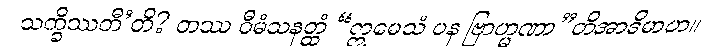
သက္ခိဿတီ’တိ? တဿ ဝီမံသနတ္ထံ “ဣမေသံ ပန ဗြာဟ္မဏာ”တိအာဒိမာဟ။